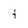
Character: t